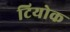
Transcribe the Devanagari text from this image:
टियोक